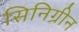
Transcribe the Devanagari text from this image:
सिनिग्रीन